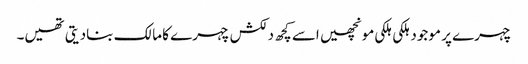
چہرے پر موجود ہلکی ہلکی مونچھیں اسے کچھ دلکش چہرے کا مالک بنادیتی تھیں۔